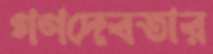
গণদেবতার